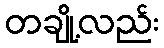
တချို့လည်း